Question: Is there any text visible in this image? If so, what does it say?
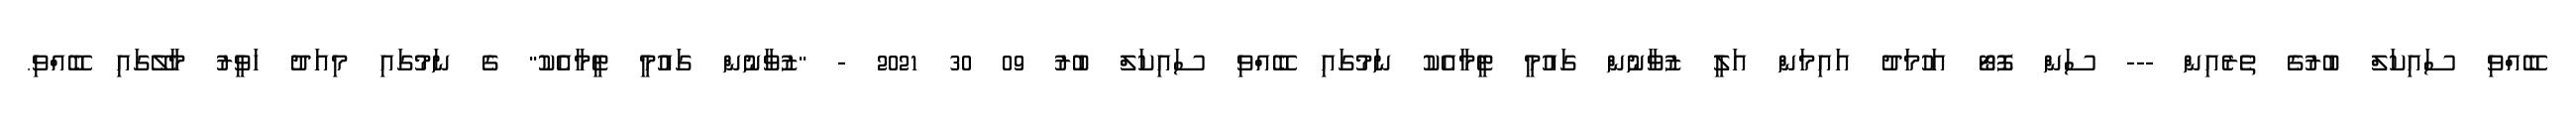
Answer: ބޭއްވި ސައިކަލް ބުރުގެ ތެރެއިން --- ސަން ފޮޓޯ އަހުމަދު އައިމަން އަލީ ޒުވާނުން ގައުމީ ޓީމާއެކު ނަމުގައި ބޭއްވި ސައިކަލް ބުރު 09 30 2021 - "ޒުވާނުން ގައުމީ ޓީމާއެކު" ގެ ނަމުގައި މިއަދު ހަވީރު މާލޭގައި ބޭއްވި.